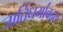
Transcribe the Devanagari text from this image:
जातिधर्मांबद्दल